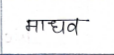
मजकूर: माधव